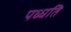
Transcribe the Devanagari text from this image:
पध्धति